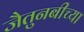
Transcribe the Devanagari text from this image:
जैतुनबीच्या